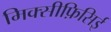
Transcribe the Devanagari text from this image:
मिक्सीफ़िसिई